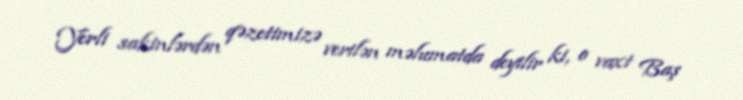
Yerli sakinlərdən qəzetimizə verilən məlumatda deyilir ki, o vaxt Baş